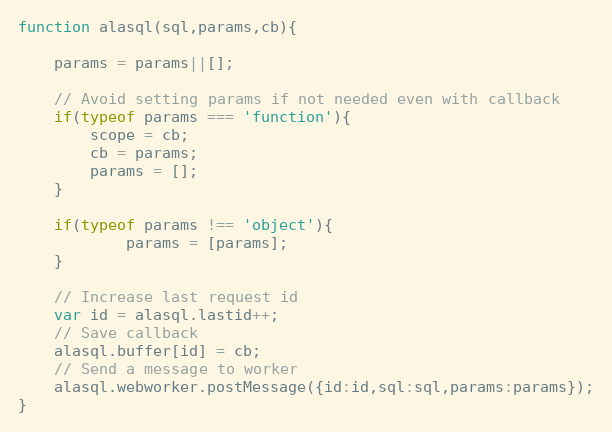
Language: JavaScript
function alasql(sql,params,cb){

	params = params||[];

	// Avoid setting params if not needed even with callback
	if(typeof params === 'function'){
		scope = cb;
		cb = params;
		params = [];
	}

	if(typeof params !== 'object'){
			params = [params];
	}

    // Increase last request id
	var id = alasql.lastid++;
    // Save callback
	alasql.buffer[id] = cb;
    // Send a message to worker
	alasql.webworker.postMessage({id:id,sql:sql,params:params});
}